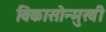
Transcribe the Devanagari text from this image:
विकासोन्मुखी